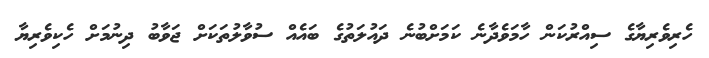
ހެރިވެރިޔާގެ ސިއްރުކަން ހާމަވެދާނެ ކަމަށްބުނެ ދައުލަތުގެ ބައެއް ސުވާލުތަކަށް ޖަވާބު ދިނުމަށް ހެކިވެރިޔާ